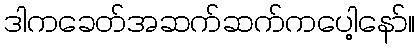
ဒါကခေတ်အဆက်ဆက်ကပေါ့နော်။